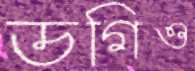
ডগিও